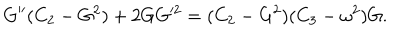
LaTeX: G ^ { \prime \prime } ( C _ { 2 } - G ^ { 2 } ) + 2 G G ^ { 2 } = ( C _ { 2 } - G ^ { 2 } ) ( C _ { 3 } - \omega ^ { 2 } ) G .